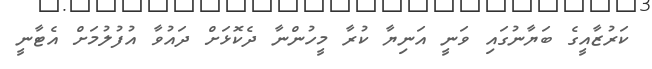
ކަރުޒާއީގެ ބަޔާނުގައި ވަނީ އަނިޔާ ކުރާ މީހުންނާ ދެކޮޅަށް ދައުވާ އުފުލުމަށް އެޓާނީ